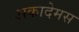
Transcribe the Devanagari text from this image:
अकादेमस